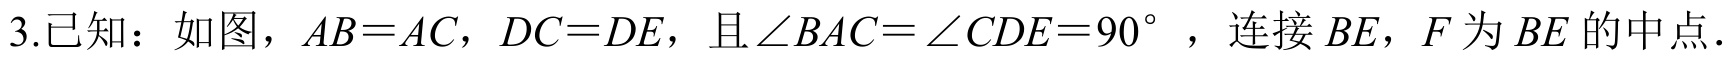
3.已知：如图，\(AB = AC\)，\(DC = DE\)，且\(\angle BAC=\angle CDE = 90^{\circ}\)，连接\(BE\)，\(F\)为\(BE\)的中点.